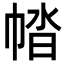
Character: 𢃕